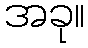
အခု။